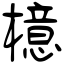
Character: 檍